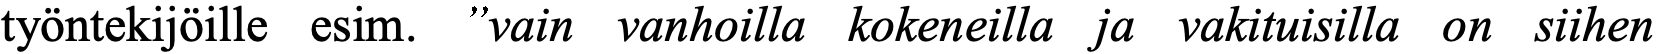
työntekijöille esim. ”vain vanhoilla kokeneilla ja vakituisilla on siihen